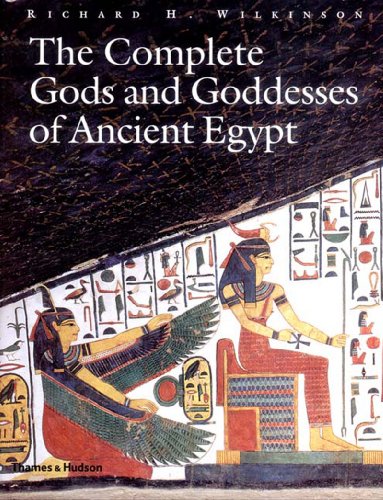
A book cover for The Complete Gods and Goddesses of Ancient Egypt; Richard H. Wilkinson; Science & Math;